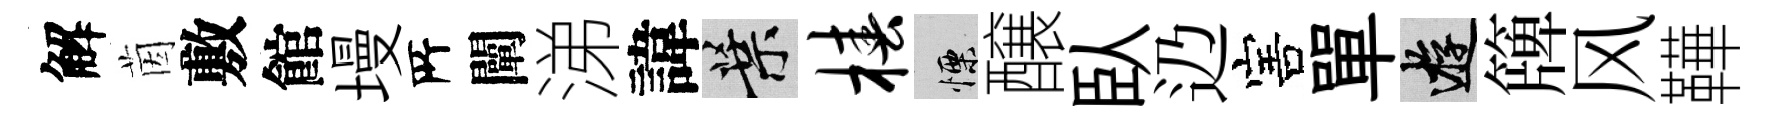
解茵敷館墁𠩄闡涕諱葉椿慄醸臥辸害單游簰风鞾